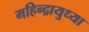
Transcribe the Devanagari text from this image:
महिन्द्रायुध्या